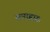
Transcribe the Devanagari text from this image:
समाहारः